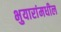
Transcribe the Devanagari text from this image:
भुयारांमधील